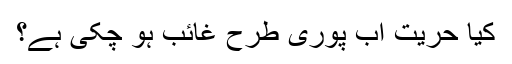
کیا حریت اب پوری طرح غائب ہو چکی ہے؟